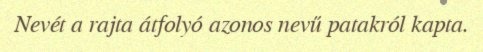
Nevét a rajta átfolyó azonos nevű patakról kapta.